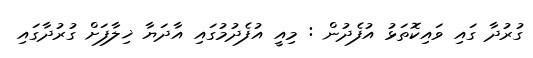
ގުރުދާ ގައި ވައިކޮތަޅު އުފެދުން : މިއީ އުފެދުމުގައި އާދަޔާ ޚިލާފަށް ގުރުދާގައި